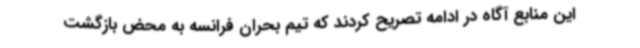
این منابع آگاه در ادامه تصریح کردند که تیم بحران فرانسه به محض بازگشت